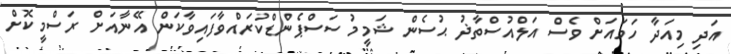
އަދި މިއަދާ ހަމައަށް ވެސް އަލްއުސްތާޛު ޙުސެން ޝަމީމު ސަސްޕެންޑްކުރައްވާފައިވާކަން އޭނާއަށް ރަސްމީކޮށް